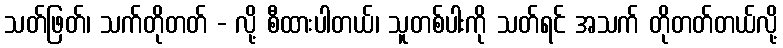
သတ်ဖြတ်၊ သက်တိုတတ် - လို့ စီထားပါတယ်၊ သူတစ်ပါးကို သတ်ရင် အသက် တိုတတ်တယ်လို့